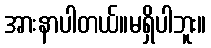
အားနာပါတယ်။မရှိပါဘူး။